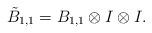
LaTeX: \begin{align*}\tilde{B}_{1,1}= B_{1,1}\otimes I\otimes I. \end{align*}